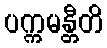
ပက္ကမန္တီတိ